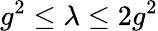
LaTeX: g^{2}\le\lambda\le 2g^{2}